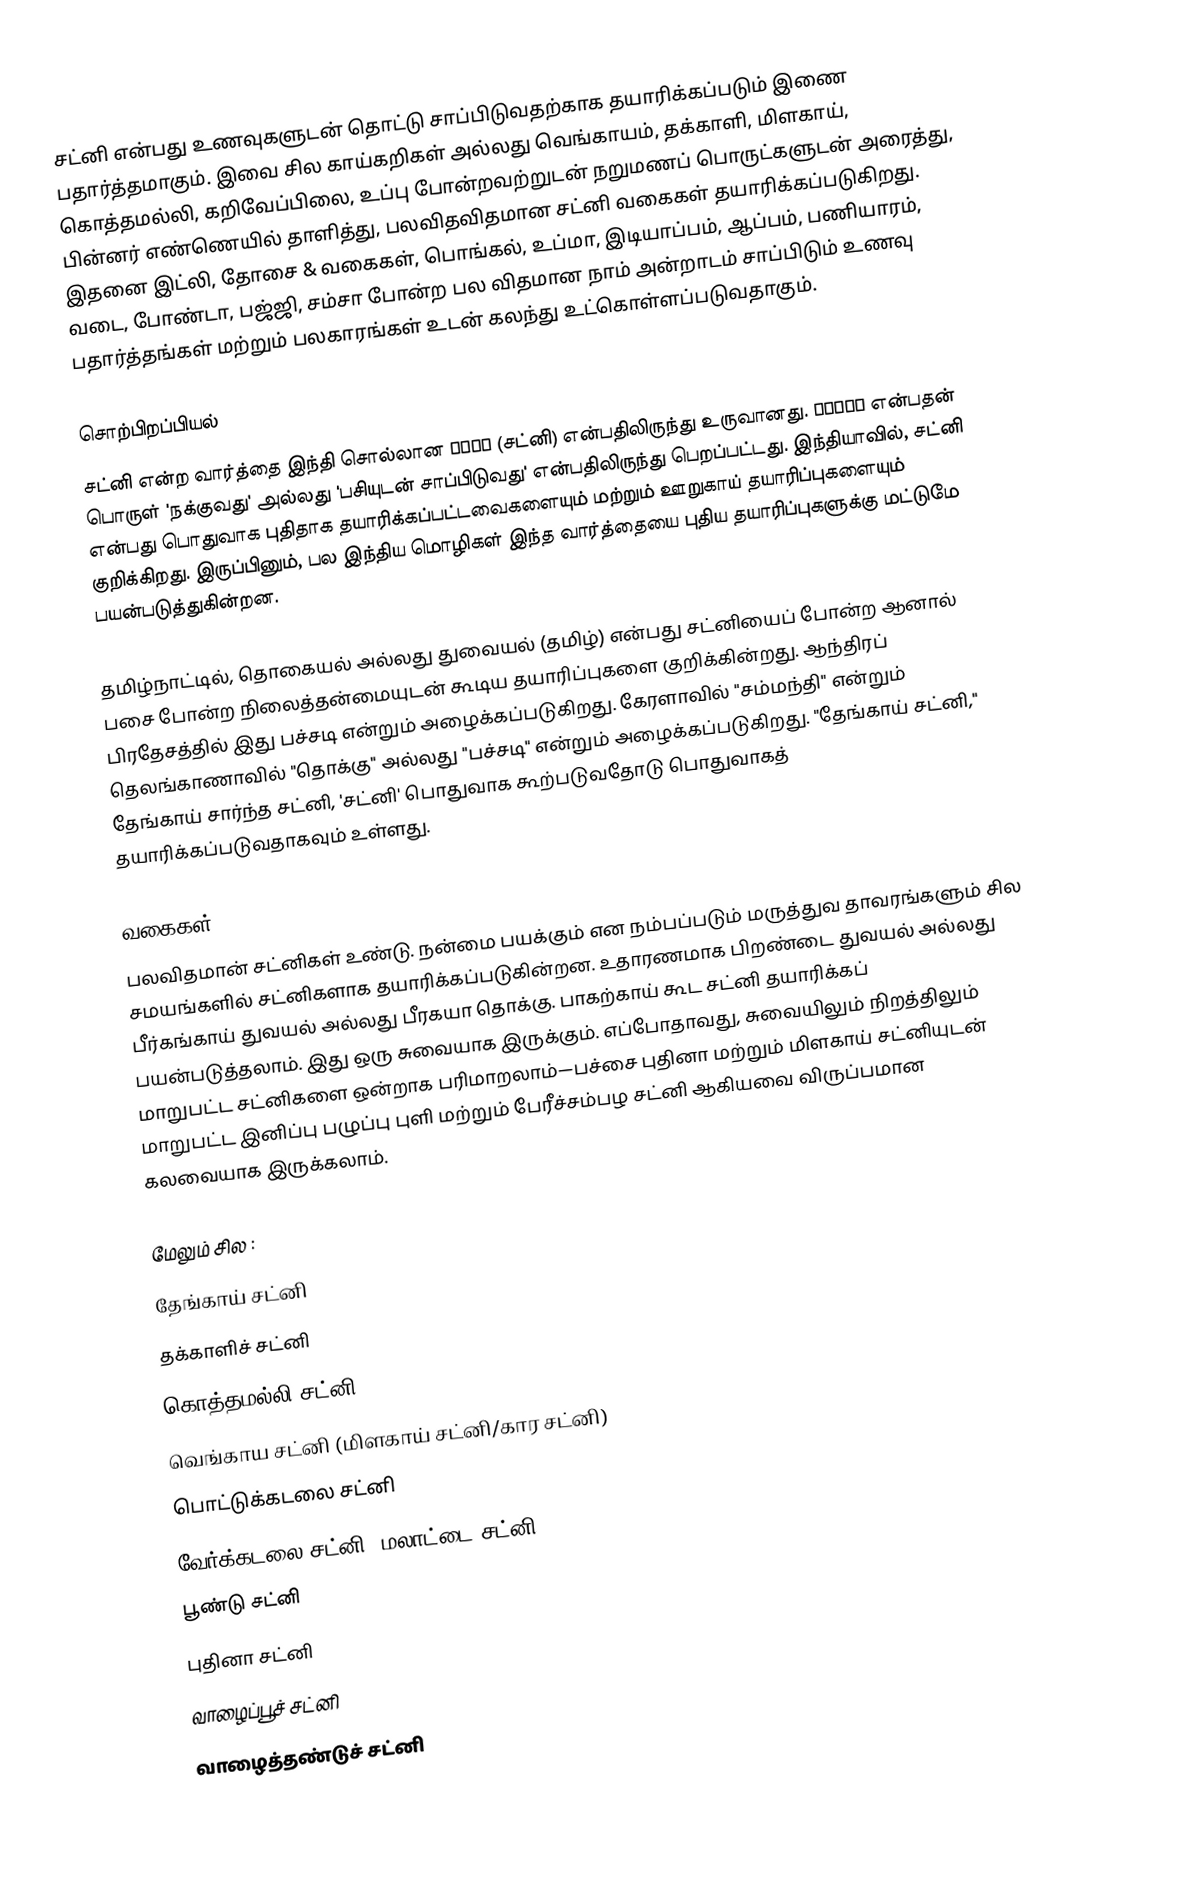
சட்னி என்பது உணவுகளுடன் தொட்டு சாப்பிடுவதற்காக தயாரிக்கப்படும் இணை பதார்த்தமாகும். இவை சில காய்கறிகள் அல்லது வெங்காயம், தக்காளி, மிளகாய், கொத்தமல்லி, கறிவேப்பிலை, உப்பு போன்றவற்றுடன் நறுமணப் பொருட்களுடன் அரைத்து, பின்னர் எண்ணெயில் தாளித்து, பலவிதவிதமான சட்னி வகைகள் தயாரிக்கப்படுகிறது. இதனை இட்லி, தோசை & வகைகள், பொங்கல், உப்மா, இடியாப்பம், ஆப்பம், பணியாரம், வடை, போண்டா, பஜ்ஜி, சம்சா போன்ற பல விதமான நாம் அன்றாடம் சாப்பிடும் உணவு பதார்த்தங்கள் மற்றும் பலகாரங்கள் உடன் கலந்து உட்கொள்ளப்படுவதாகும்.

சொற்பிறப்பியல்
சட்னி என்ற வார்த்தை இந்தி சொல்லான चटनी (சட்னி) என்பதிலிருந்து உருவானது. चाटना என்பதன் பொருள் 'நக்குவது' அல்லது 'பசியுடன் சாப்பிடுவது' என்பதிலிருந்து பெறப்பட்டது. இந்தியாவில், சட்னி என்பது பொதுவாக புதிதாக தயாரிக்கப்பட்டவைகளையும் மற்றும் ஊறுகாய் தயாரிப்புகளையும் குறிக்கிறது.  இருப்பினும், பல இந்திய மொழிகள் இந்த வார்த்தையை புதிய தயாரிப்புகளுக்கு மட்டுமே பயன்படுத்துகின்றன.

தமிழ்நாட்டில், தொகையல் அல்லது துவையல் (தமிழ்) என்பது சட்னியைப் போன்ற ஆனால் பசை போன்ற நிலைத்தன்மையுடன் கூடிய தயாரிப்புகளை குறிக்கின்றது. ஆந்திரப் பிரதேசத்தில் இது பச்சடி என்றும் அழைக்கப்படுகிறது. கேரளாவில் "சம்மந்தி" என்றும் தெலங்காணாவில் "தொக்கு" அல்லது "பச்சடி" என்றும் அழைக்கப்படுகிறது. "தேங்காய் சட்னி," தேங்காய் சார்ந்த சட்னி, 'சட்னி' பொதுவாக கூற்படுவதோடு பொதுவாகத் தயாரிக்கப்படுவதாகவும் உள்ளது.

வகைகள்
பலவிதமான் சட்னிகள் உண்டு. நன்மை பயக்கும் என நம்பப்படும் மருத்துவ தாவரங்களும் சில சமயங்களில் சட்னிகளாக தயாரிக்கப்படுகின்றன. உதாரணமாக பிறண்டை துவயல் அல்லது பீர்கங்காய் துவயல் அல்லது பீரகயா தொக்கு. பாகற்காய் கூட சட்னி தயாரிக்கப் பயன்படுத்தலாம். இது ஒரு சுவையாக இருக்கும். எப்போதாவது, சுவையிலும் நிறத்திலும் மாறுபட்ட சட்னிகளை ஒன்றாக பரிமாறலாம்—பச்சை புதினா மற்றும் மிளகாய் சட்னியுடன் மாறுபட்ட இனிப்பு பழுப்பு புளி மற்றும் பேரீச்சம்பழ சட்னி ஆகியவை விருப்பமான கலவையாக இருக்கலாம்.

மேலும் சில :
 தேங்காய் சட்னி
 தக்காளிச் சட்னி
 கொத்தமல்லி சட்னி
 வெங்காய சட்னி (மிளகாய் சட்னி/கார சட்னி)
 பொட்டுக்கடலை சட்னி
 வேர்க்கடலை சட்னி (மலாட்டை சட்னி)
 பூண்டு சட்னி
 புதினா சட்னி
 வாழைப்பூச் சட்னி
 வாழைத்தண்டுச் சட்னி